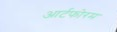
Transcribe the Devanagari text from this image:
आर्टफोरम